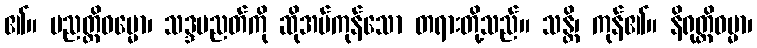
၏။ ပညတ္တိဓမ္မော၊ သဒ္ဒပညတ်ကို ဆိုအပ်ကုန်သော တရားတို့သည်။ သန္တိ၊ ကုန်၏။ နိရုတ္တိဓမ္မာ၊